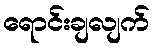
ရောင်းချလျက်